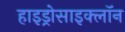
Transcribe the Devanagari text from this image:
हाइड्रोसाइक्लॉन